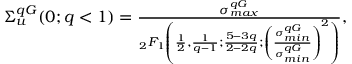
\begin{array} { r } { \Sigma _ { u } ^ { q G } ( 0 ; q < 1 ) = \frac { \sigma _ { m a x } ^ { q G } } { _ 2 F _ { 1 } \left( \frac { 1 } { 2 } , \frac { 1 } { q - 1 } ; \frac { 5 - 3 q } { 2 - 2 q } ; \left( \frac { \sigma _ { m i n } ^ { q G } } { \sigma _ { m i n } ^ { q G } } \right) ^ { 2 } \right) } , } \end{array}